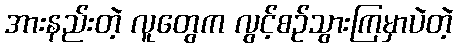
အားနည်းတဲ့ လူတွေက လွင့်စဉ်သွားကြမှာပဲတဲ့